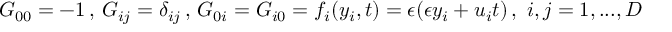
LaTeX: G _ { 0 0 } = - 1 \, , \, G _ { i j } = \delta _ { i j } \, , \, G _ { 0 i } = G _ { i 0 } = f _ { i } ( y _ { i } , t ) = \epsilon ( \epsilon y _ { i } + u _ { i } t ) \, , \, \, i , j = 1 , . . . , D